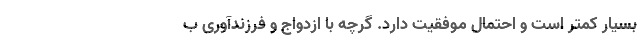
بسیار کمتر است و احتمال موفقیت دارد. گرچه با ازدواج و فرزندآوری ب